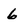
Character: 6